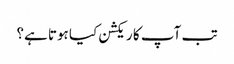
تب آپ کا ریکشن کیا ہوتا ہے؟